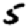
Digit: 5